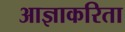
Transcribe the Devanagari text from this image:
आज्ञाकरिता